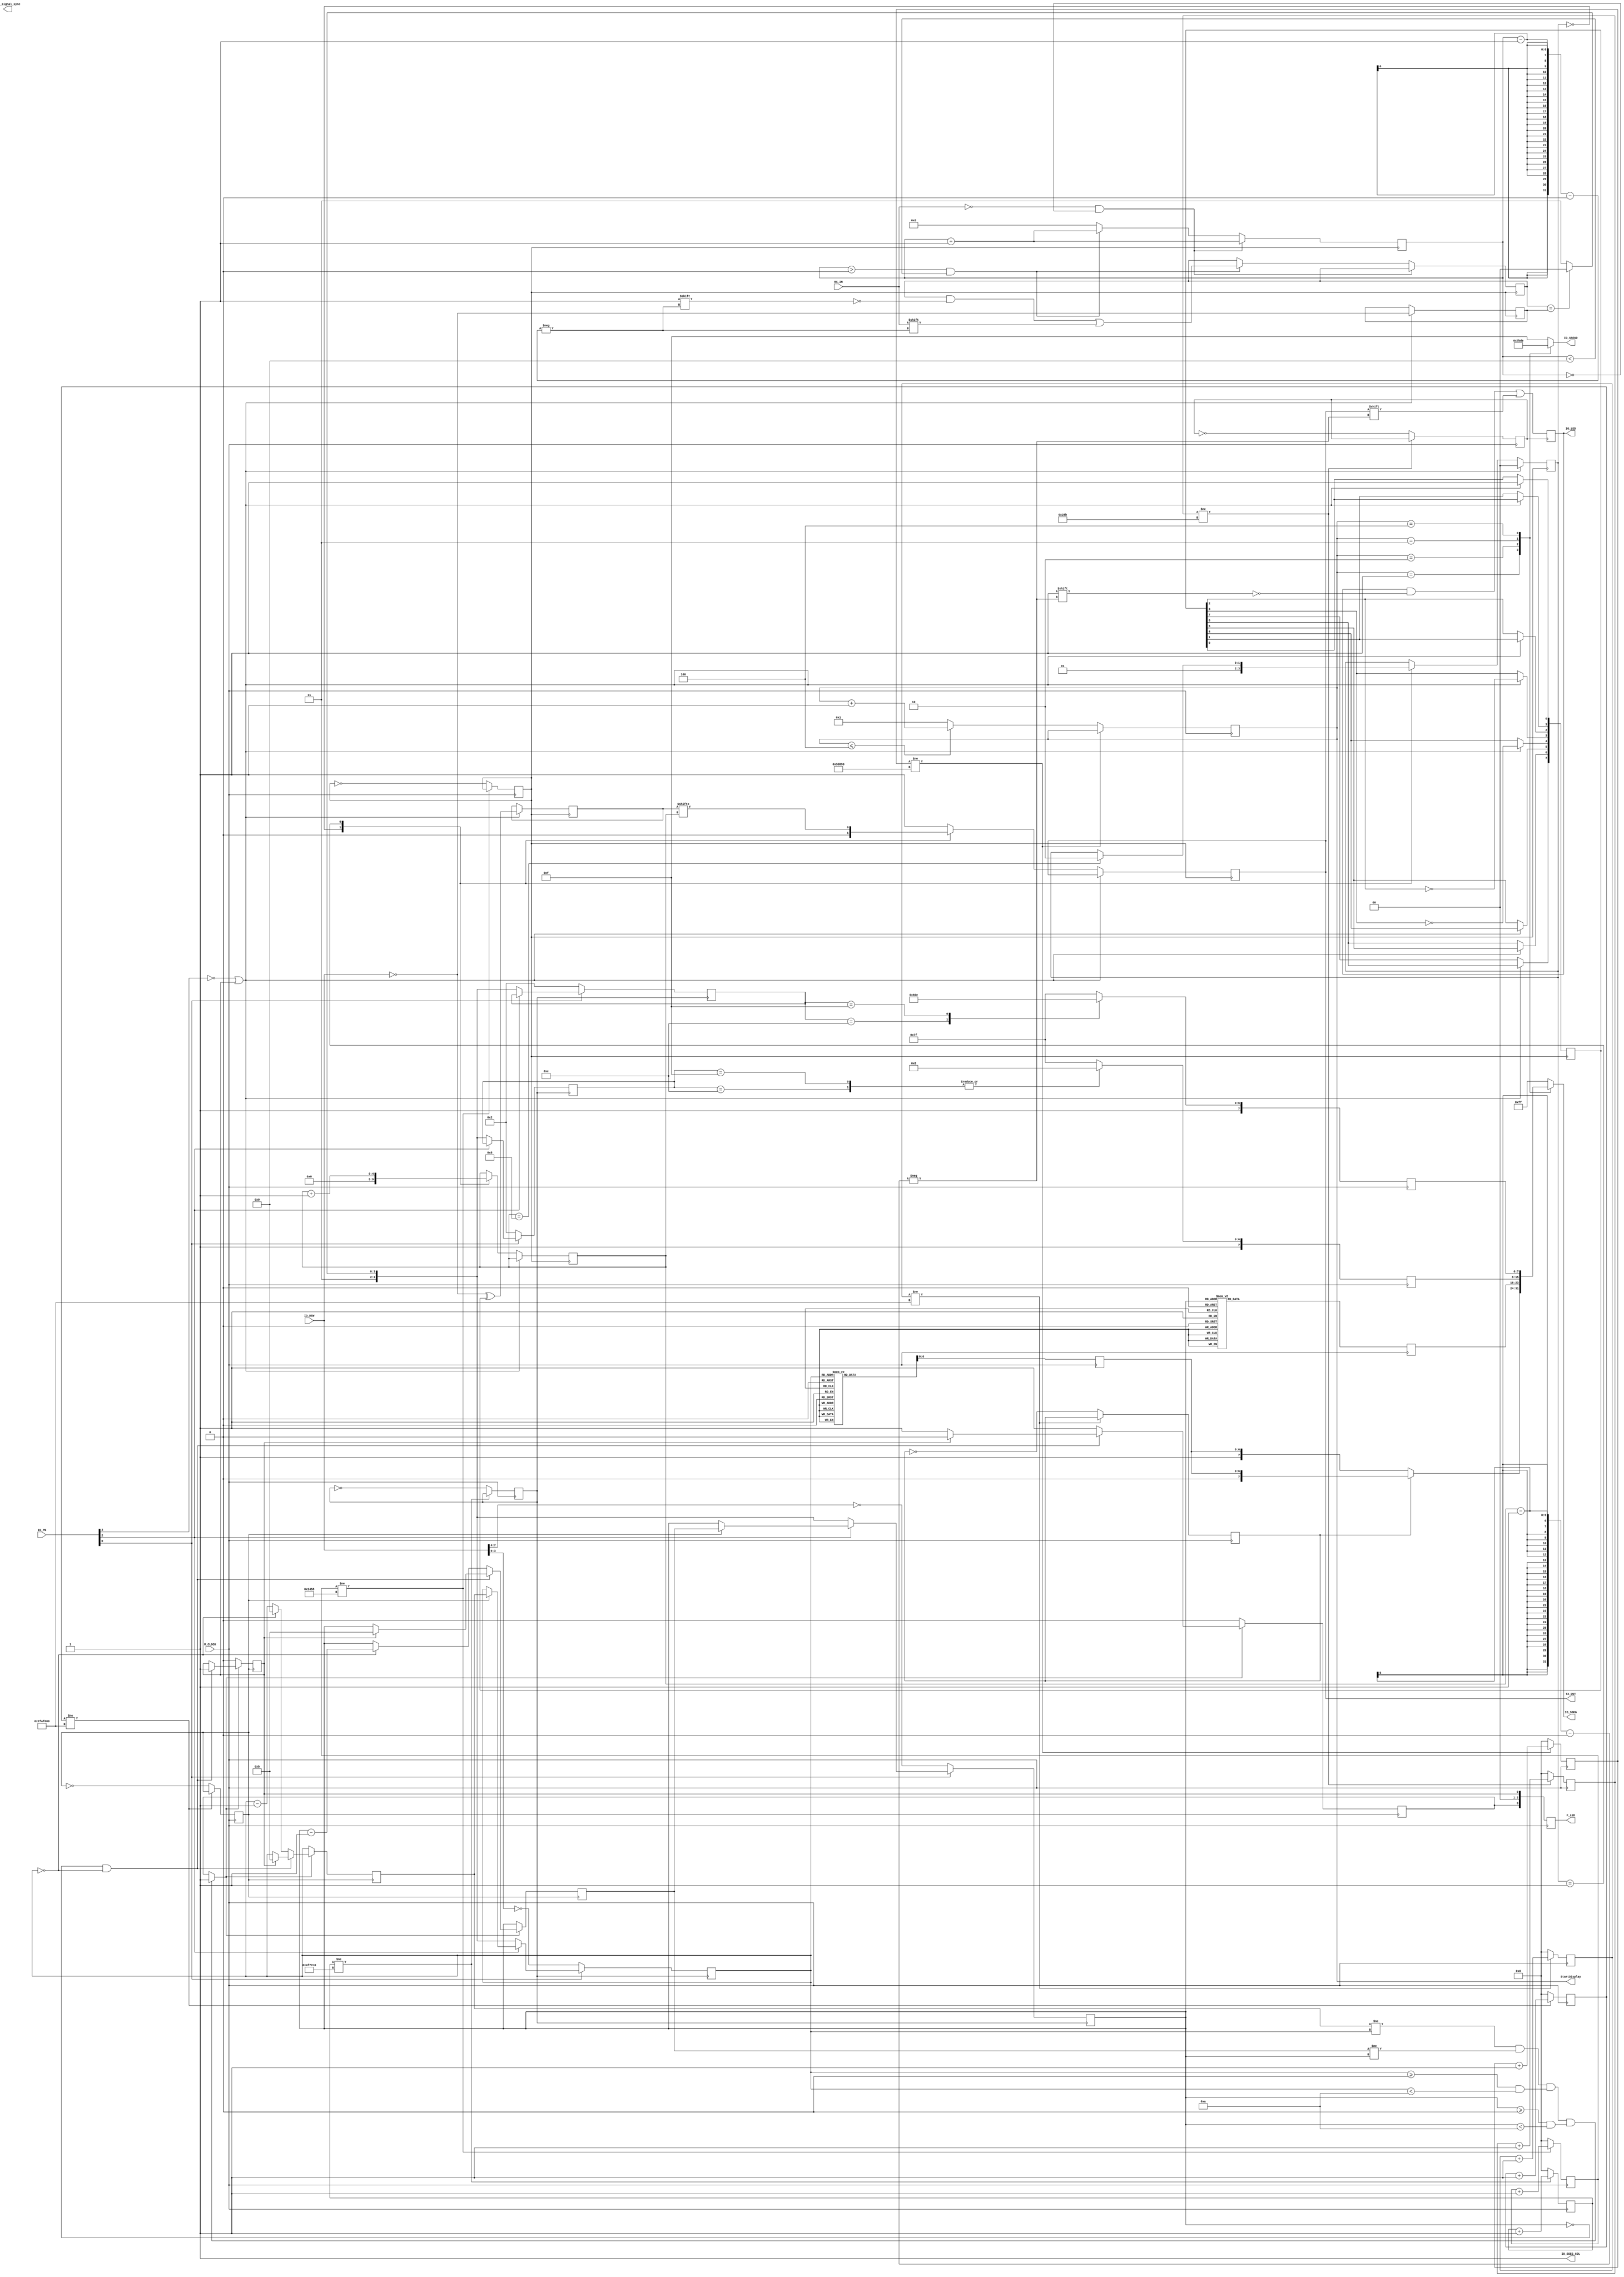
module TxRX(input  M_CLOCK,            // FPGA clock
      input  [7:0] IO_DSW,        //IO Board Dip Switchs
		input [3:0] IO_PB,
		input RX_IN,
      output reg [3:0] F_LED,
      output reg [7:0] IO_LED,      // FPGA LEDs
      output reg TX_OUT,    // IO Board LEDs
      output reg [3:0] IO_SSEGD,       // IO Board Seven Segment Digits        
      output reg [7:0] IO_SSEG,      // 7=dp, 6=g, 5=f,4=e, 3=d,2=c,1=b, 0=a
      output IO_SSEG_COL,
		output reg clk_signal_sync,
		output reg [3:0] StartDisplay);     // Seven segment column);
    
    //---------------------------------------------------------------------
    assign IO_SSEG_COL = 1;       // deactivate the colon displays
    //assign IO_SSEGD = 4'b1111;    // deactivate the seven segment display 
    //assign IO_SSEG = 8'b11111111;    // deactivate the seven segment display
    //assign F_LED = 4'b000;      // deactivate 4 LEDs

    //---------------------------------------------------------------------
    reg StartTransmit = 0;       //Start TX transmission of DSWs
    reg [7:0] SendData = 0;      //Holds the data to be sent from the DSWs
    reg [4:0] TX_state_counter = 0;      //State counter for transmitting the DSWs Bits
    reg [31:0] TX_ClockCounter;      // TX Clock Cycles
    reg [1:0] TX_State;
	 reg [7:0] IO_DSWreg;
	 reg [7:0] IO_DSWreg1;
	 reg [7:0] DSWdataDisplay;
	 reg [7:0] DSWdata;
   
	reg StartReceive = 0;   //Start RX Receive of DSWs
	reg RX_StartBitRecieve = 0;
	reg [31:0] RX_ClockCounter = 0;
	reg timerExpired = 0;
	reg timerExpiredSend = 0;
	reg timerExpired1 = 0;
	reg timerExpiredSend1 = 0;
	reg [5:0] count = 0;

   reg [31:0] Display_ClockCounter,Minutes_ClockCounter,secdotCounter,debounceCounter; 
	reg startMinutes = 0;
	reg secdotStart = 0;
	reg debounceStart = 0;
   
	reg StartDigits = 0;
	reg [7:0] firstDigit,secondDigit,thirdDigit,fourthDigit;
	reg [3:0] setfirstDigit = 33;
	reg [3:0] setsecondDigit = 33;
	
	reg [3:0] DisplayfirstDigit = 33;
	reg [3:0] DisplaysecondDigit = 33;
	
	reg flagDisplayDate = 0;
	
	reg [3:0] setthirdDigit;
	reg [3:0] setfourthDigit;
	
	reg [3:0] DisplaythirdDigit = 355;
	reg [3:0] DisplayfourthDigit = 355;

	reg timerExpiredStartTransmission = 0;
	reg timerCountDown = 0;
	reg timerCountDownFlag = 0;
	reg timerExpiredStartTransmissionFlag = 0;
	
	//Encryption LFSR initialization
	reg [7:0] Value = 255;		//LFSR seed value
	reg feedback;
	reg [7:0] encryptData;
	reg [7:0] ValueE;

  //---------------------------------------------------------------------
  //Clock at 50MHz/9600 = 5208.33-- Clock for the Transmitter
  //posedge clk_signal_sync
   always @(posedge M_CLOCK) 
   begin
				//Transmit Rate 5208
			  if(TX_ClockCounter != 5208) TX_ClockCounter <= TX_ClockCounter + 1;
			  else 
					 begin
						TX_ClockCounter <= 0; //Sets the Clock Counter to 0 and Starts Transmission
						StartTransmit <= ~StartTransmit;
						
					 end
    end
    
   //Clock Edge for the Receiver 
//-----------------------------------//
always @(posedge M_CLOCK) 
begin
		 if(RX_ClockCounter != 651) begin 
			RX_ClockCounter <= RX_ClockCounter + 1;
		 end
		 else begin
			RX_StartBitRecieve <= ~RX_StartBitRecieve;
			RX_ClockCounter <= 0;
			end
end
   
    always @(posedge StartTransmit)
    begin
      //Make sure when the DSW are changed the program will re-transmit the new DSW values
     if(~IO_PB[3] || timerExpiredStartTransmission == 1)
       begin
		 //LFSR Encryption of Data:
			feedback = Value[7];
		 
		   ValueE[0] <= feedback;
		   ValueE[1] <= ValueE[0];
		   ValueE[2] <= ValueE[1];
		   ValueE[3] <= ValueE[2] ^ feedback;
		   ValueE[4] <= ValueE[3] ^ feedback;
		   ValueE[5] <= ValueE[4];
		   ValueE[6] <= ValueE[5];
		   ValueE[7] <= ValueE[6];
			
			encryptData = ValueE;
			
			IO_DSWreg1 = ~IO_DSW; //divide data that we are sending by 2
			IO_DSWreg = IO_DSWreg1 ^ encryptData;
         TX_State <= 0; //State starts at 0
         SendData = IO_DSWreg; //Gets the Data from the DSWs and then stores them in SendData
			//timerExpiredStartTransmissionFlag = 0;
       end
     else
       begin
         case(TX_State)
           0: //State 0: Send Start Bit
             begin
             TX_OUT <= 0;      //Transmit Start bit to TX_OUT (0N0 PIN 148)
             TX_state_counter <= 0;
             TX_State <= 1;      //Set TX_State to 1
             end
           1: //State 1: Send initial Bit in Data and shift the next bit into 
             //Position SendData[0] until all data has been sent
             begin
                //Stores next bit to be sent in the SendData[0] by 
               //shifting the bits in SendData after every bit transmission
               TX_OUT <= SendData[TX_state_counter];
					TX_state_counter <= TX_state_counter + 1;
					
               if(TX_state_counter == 8) TX_State <= 2;
               
             end
           2: //State 2: Send stop bit set the TX_state_counter to 0
             begin
               TX_OUT <= 1;      // Stop bit
             end

           default: //Set LED[0] to 1 if not active
             TX_OUT <= 1;
         endcase
       end
    end


//Receiver Clock and Output
always @(posedge RX_StartBitRecieve) 
    begin
		//When the start bit is received and put into LED[-1] which doesnt exist
		//Next it will output the 8 data bits to LED[7:0]
		//Once the data bits are sent it will send the stop bit to LED[8] which doesnt exist
		
      IO_LED[TX_state_counter - 1] <= TX_OUT;
    end
 

always @(posedge StartTransmit) 
begin
	if(RX_IN == 0 && count == 0)
		count = count + 1;
	else if(count > 0 && count < 9) begin
		DSWdata[count - 1] <= RX_IN;
		count = count + 1;
		end
		else
		count = 0;
end

//Clock Timer Implimentation

  //---------------------------------------------------------------------
  //Clock at 50MHz/50Hz = 1,000,000 set each of the four digits on for 5ms 
    always @(posedge M_CLOCK) 
		begin//250,000
		  if(Display_ClockCounter != 250000) Display_ClockCounter <= Display_ClockCounter + 1; 
			else 
				begin
					Display_ClockCounter <= 0; //Sets the Clock Counter to 0 and Starts Transmission
					
					if(StartDisplay <= 4)
					StartDisplay = StartDisplay + 1;
					else StartDisplay = 1;
					
				 end
		 end
	
//Every Minute Clock ticks 	
	always @(posedge M_CLOCK) 
		begin //3x10^9
		  if(Minutes_ClockCounter != 50000000) Minutes_ClockCounter <= Minutes_ClockCounter + 1; 
			else 
				begin
					Minutes_ClockCounter <= 0; //Sets the Clock Counter to 0 and Starts Transmission
					startMinutes = ~startMinutes;
				 end
		 end

//Clock signal every second for the seconds decimal
	always @(posedge M_CLOCK) 
		begin //50,000,000
		  if(secdotCounter != 50000000) secdotCounter <= secdotCounter + 1; 
			else 
				begin
					secdotCounter <= 0; //Sets the Clock Counter to 0 and Starts Transmission
					secdotStart = ~secdotStart;
				 end
		 end
   
	//Setting every Digit on the Display every 5ms
	//-----------------------------------//
	always @(*) 
	begin
		 case(StartDisplay)
		 3'b001:
			begin
				if(secdotStart)
					begin
						IO_SSEGD = 4'b0111;
						IO_SSEG = {1'b0,firstDigit[6:0]};
					end
				else
					begin
						IO_SSEGD = 4'b0111;
						IO_SSEG = {1'b1,firstDigit[6:0]};
					end
			end
		3'b010:
			begin
				IO_SSEGD = 4'b1011;
				IO_SSEG = secondDigit;
			end
		3'b011:
			begin
					IO_SSEGD = 4'b1101;
					IO_SSEG = thirdDigit;
			end
		3'b100:
			begin
					IO_SSEGD = 4'b1110;
					IO_SSEG = fourthDigit;
			end
		default: 
			begin
				IO_SSEGD = 4'b1111;
				IO_SSEG = 8'b11111111;
			end
		endcase
	end

//Next 4 always blocks Are used to diplay the correct messages on the Seven Segment Display(SSD)
	always @(posedge M_CLOCK) 
		begin
					case(DisplayfirstDigit)
						4'b0000:  firstDigit <= 8'b11000000;//0
						4'b0001:  firstDigit <= 8'b11111001;//1
						4'b0010:  firstDigit <= 8'b10100100;//2
						4'b0011:  firstDigit <= 8'b10110000;//3
						4'b0100:  firstDigit <= 8'b10011001;//4
						4'b0101:  firstDigit <= 8'b10010010;//5
						4'b0110:  firstDigit <= 8'b10000010;//6
						4'b0111:  firstDigit <= 8'b11111000;//7
						4'b1000:  firstDigit <= 8'b10000000;//8
						4'b1001:  firstDigit <= 8'b10011000;//9
						4'b1011:  firstDigit <= 8'b10100001;//D
						4'b1100:	 firstDigit <= 8'b10010010;//S firstDigit = 12
						4'b1111:	 firstDigit <= 8'b11000111;//L firstDigit = 15
						default: firstDigit <= 8'b111111111;//off
					endcase
			end
			
		always @(posedge M_CLOCK) 
			begin
						case(DisplaysecondDigit)
							4'b0000:  secondDigit <= 8'b11000000;//0
							4'b0001:  secondDigit <= 8'b11111001;//1
							4'b0010:  secondDigit <= 8'b10100100;//2
							4'b0011:  secondDigit <= 8'b10110000;//3
							4'b0100:  secondDigit <= 8'b10011001;//4
							4'b0101:  secondDigit <= 8'b10010010;//5
							4'b0110:  secondDigit <= 8'b10000010;//6
						   4'b0111:  secondDigit <= 8'b11111000;//7
						   4'b1000:  secondDigit <= 8'b10000000;//8
						   4'b1001:  secondDigit <= 8'b10011000;//9
							4'b1011:  secondDigit <= 8'b10010010;//S
							4'b1100:	 secondDigit <= 8'b10010010;//S secondDigit = 12
							4'b1111:	 secondDigit <= 8'b11001111;//I secondDigit = 15
							default: secondDigit <= 8'b111111111;//off
						endcase
					
			end
				
		always @(posedge M_CLOCK) 
			begin
						case(DisplaythirdDigit)
							4'b1100:	 thirdDigit <= 8'b10001000;//A thirdDigit = 12
							4'b1111:	 thirdDigit <= 8'b10001000;//A thirdDigit = 15
							default: thirdDigit <= 8'b11111111;//off
						endcase	
			end
				
		always @(posedge M_CLOCK) 
			begin
						case(DisplayfourthDigit)
							4'b1100:	 fourthDigit <= 8'b10001100;//P fourthDigit = 12
							4'b1111:  fourthDigit <= 8'b10001110;//F fourthDigit = 15
							default: fourthDigit <= 8'b11111111;//off
						endcase
			end

//Debouncing PushButton
	always @(posedge M_CLOCK) 
   begin
     if(debounceCounter != (5208000)) debounceCounter <= debounceCounter + 1; 
      else 
			begin
				debounceStart <= ~debounceStart;
				debounceCounter <= 0; //Sets the Clock Counter to 0 and Starts Transmission
			 end
    F_LED[3] = timerCountDown;
	 F_LED[0] = timerExpiredStartTransmission;
	 F_LED[1] = 0;
	 F_LED[2] = 0;
	 end

//Clock algorithm to allow the clock to run in correct fashion
always @(posedge startMinutes)
	begin
			if(setfirstDigit != DisplayfirstDigit && setsecondDigit != DisplaysecondDigit && (DisplayfirstDigit >= 0 && DisplayfirstDigit < 10) && (DisplaysecondDigit >= 0 && DisplaysecondDigit < 10))begin
					setfirstDigit = DisplayfirstDigit;
					setsecondDigit = DisplaysecondDigit;
					
					timerCountDown = 1;
			end
			else
			begin
			setfirstDigit = DisplayfirstDigit;
			setsecondDigit = DisplaysecondDigit;
			end
						
				if(timerCountDown == 1)
					begin
					if(setsecondDigit == 0 && setfirstDigit == 0)
						begin	
							if(timerExpiredStartTransmission == 1)
							begin
							setfirstDigit = 11;
							setsecondDigit = 11;
							timerCountDown = 0;
							end
							
							timerExpiredStartTransmission = 1;
						end
					else if(setfirstDigit == 0)
						begin
							setsecondDigit = setsecondDigit - 1;
							setfirstDigit = 9;
						end
					else setfirstDigit = setfirstDigit - 1;
				end
				else timerExpiredStartTransmission = 0;		

	end

//Remove for clock to work
	always@(posedge debounceStart)
		begin

			if(IO_PB[0] == 0)
				begin
					DisplaysecondDigit = ~IO_DSW[7:4];
					DisplayfirstDigit = ~IO_DSW[3:0];
					DisplaythirdDigit = 2;
					DisplayfourthDigit = 2;
				end
			else if(~IO_PB[2])
				begin
					DSWdataDisplay = DSWdata;
					if(DSWdataDisplay == IO_DSWreg1)
					begin
						DisplayfirstDigit = 12;
						DisplaysecondDigit = 12;
						DisplaythirdDigit = 12;
						DisplayfourthDigit = 12;
					end
					else
					begin
						DisplayfirstDigit = 15;
						DisplaysecondDigit = 15;
						DisplaythirdDigit = 15;
						DisplayfourthDigit = 15;
					end
				end
			else if(startMinutes)
				begin
						DisplayfirstDigit = setfirstDigit;
						DisplaysecondDigit = setsecondDigit;
				end
			
		end

endmodule